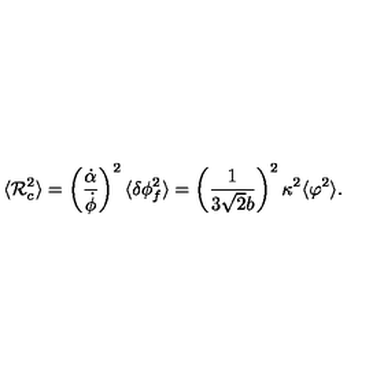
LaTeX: \langle { \cal R } _ { c } ^ { 2 } \rangle = \left( \frac { \dot { \alpha } } { \dot { \phi } } \right) ^ { 2 } \langle \delta \phi _ { f } ^ { 2 } \rangle = \left( \frac { 1 } { 3 \sqrt { 2 } b } \right) ^ { 2 } \kappa ^ { 2 } \langle \varphi ^ { 2 } \rangle .